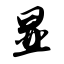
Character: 显